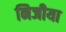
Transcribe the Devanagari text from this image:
निजीया